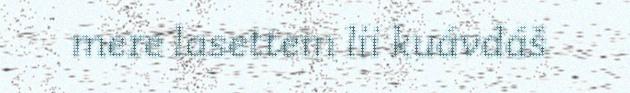
mere lasettem lii kuávdáš